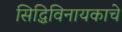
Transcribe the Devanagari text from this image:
सिद्धिविनायकाचे